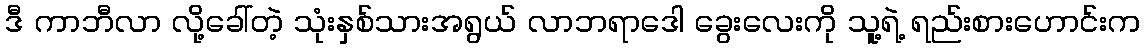
ဒီ ကာဘီလာ လို့ခေါ်တဲ့ သုံးနှစ်သားအရွယ် လာဘရာဒေါ ခွေးလေးကို သူ့ရဲ့ ရည်းစားဟောင်းက